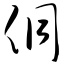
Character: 侗